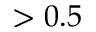
> 0 . 5